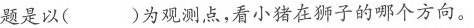
题是以( )为观测点，看小猪在狮子的哪个方向。